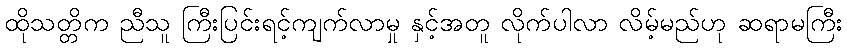
ထိုသတ္တိက ညီသူ ကြီးပြင်းရင့်ကျက်လာမှု နှင့်အတူ လိုက်ပါလာ လိမ့်မည်ဟု ဆရာမကြီး